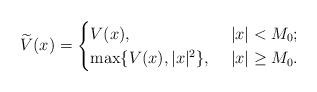
LaTeX: \begin{align*}\widetilde V(x)=\begin{cases}V(x),\ &|x|< M_0;\\\max\{V(x),|x|^2\}, \ &|x|\geq M_0.\end{cases}\end{align*}